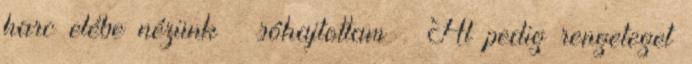
harc elébe nézünk – sóhajtottam – Al pedig rengeteget